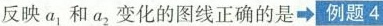
反映a_{ 1}和a_{2}变化的图线正确的是⇒例题4